Annual report of the Central Committee of the Association together with the report of the directors of the Pasteur Institute at Kasauli
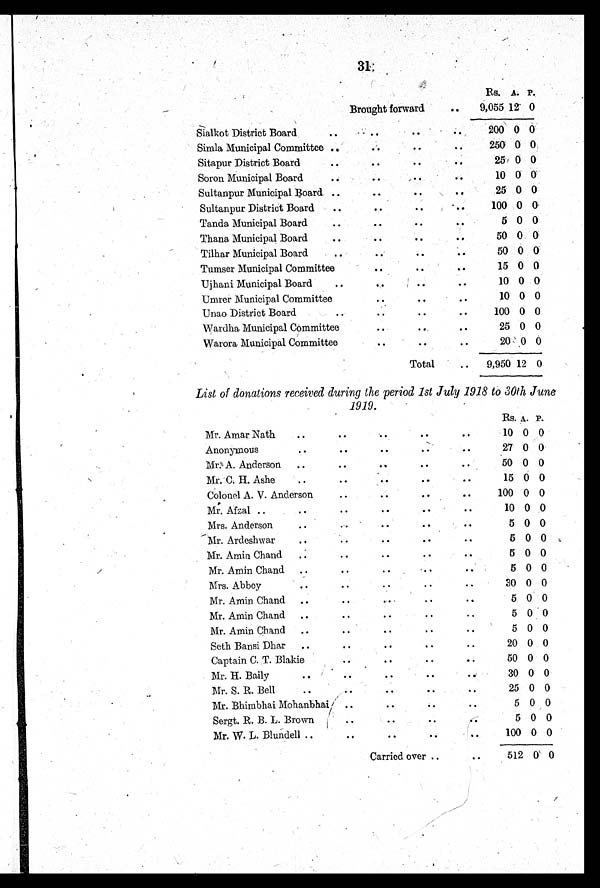
31
Brought forward . .
Rs. A. P.
9,055 12 0
Sialkot District Board .. .. .. ..
200 0 0
Simla Municipal Committee .. .. .. ..
250 0 0
Sitapur District Board .. .. .. ..
25 0 0
Soron Municipal Board .. .. .. ..
10 0 0
Sultanpur Municipal Board .. .. .. ..
25 0 0
Sultanpur District Board .. .. .. ..
100 0 0
Tanda Municipal Board .. .. .. ..
5 0 0
Thana Municipal Board .. .. .. ..
50 0 0
Tilhar Municipal Board .. .. .. ..
50 0 0
Tumser Municipal Committee .. .. .. ..
15 0 0
Ujhani Municipal Board .. .. .. ..
10 0 0
Umrer Municipal Committee .. .. .. ..
10 0 0
Unao District Board .. .. .. ..
100 0 0
Wardha Municipal Committee .. .. .. ..
25 0 0
Warora Municipal Committee
. .
. .
. .
. .
20 0 0
Total
. .
9,950 12 0
List of donations received during the period 1st July 1918 to 30th June
1919.
Mr. Amar Nath .. .. .. ..
Rs. A. P.
10 0 0
Anonymous .. .. .. ..
27 0 0
Mr. A. Anderson .. .. .. ..
50 0 0
Mr. C. H. Ashe .. .. .. ..
15 0 0
Colonel A. V. Anderson .. .. .. ..
100 0 0
Mr. Afzal .. .. .. ..
10 0 0
Mrs. Anderson .. .. .. ..
5 0 0
Mr. Ardeshwar .. .. .. ..
5 0 0
Mr. Amin Chand .. .. .. ..
5 0 0
Mr. Amin Chand .. .. .. ..
5 0 0
Mrs. Abbey .. .. .. ..
30 0 0
Mr. Amin Chand .. .. .. ..
5 0 0
Mr. Amin Chand .. .. .. ..
5 0 0
Mr. Amin Chand .. .. .. ..
5 0 0
Seth Bansi Dhar
. .
. .
. .
. .
20 0 0
Captain C. T. Blakie .. .. .. ..
50 0 0
Mr. H. Baily .. .. .. ..
30 0 0
Mr. S. R. Bell
. .
. .
. .
. .
25 0 0
Mr. Bhimbhai Mohanbhai .. .. .. ..
5 0 0
Sergt. R. B. L. Brown .. .. .. ..
5 0 0
Mr. W. L. Blundell .. .. .. ..
100 0 0
Carried over
. .
. .
. .
. .
512 0
0